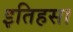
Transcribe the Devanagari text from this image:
इतिहसा